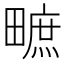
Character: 𤳌